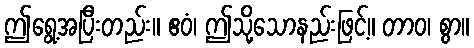
ဤရွေ့အပြီးတည်း။ ဧဝံ၊ ဤသို့သောနည်းဖြင့်။ တာဝ၊ စွာ။